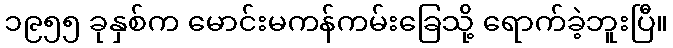
၁၉၅၅ ခုနှစ်က မောင်းမကန်ကမ်းခြေသို့ ရောက်ခဲ့ဘူးပြီ။